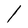
Character: l